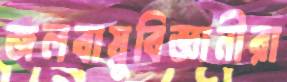
জলবায়ুবিজ্ঞানীরা